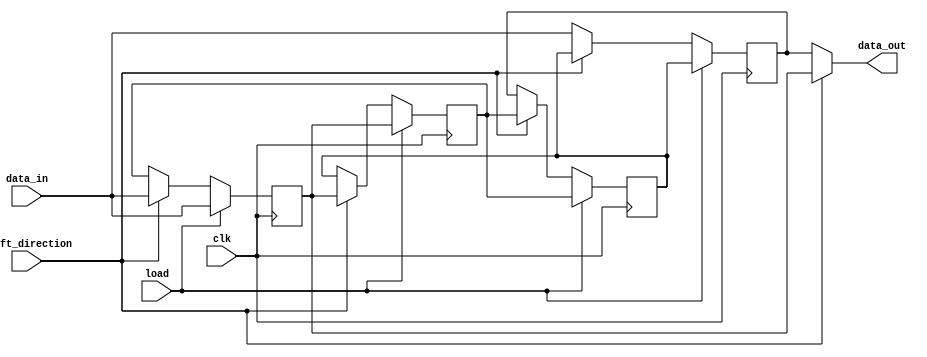
module shift_register (
  input wire clk,
  input wire load,
  input wire shift_direction,
  input wire [7:0] data_in,
  output reg [7:0] data_out
);

reg [7:0] register [3:0]; // 4-stage shift register
reg [7:0] parallel_in;

always @(posedge clk) begin
  if (load) begin
    register[0] <= data_in;
    register[1] <= register[0];
    register[2] <= register[1];
    register[3] <= register[2];
  end
  else begin
    if (shift_direction) begin // shift right
      register[0] <= data_in;
      register[1] <= register[0];
      register[2] <= register[1];
      register[3] <= register[2];
    end
    else begin // shift left
      register[0] <= register[1];
      register[1] <= register[2];
      register[2] <= register[3];
      register[3] <= data_in;
    end
  end
end

assign parallel_in = register[3];
assign data_out = shift_direction ? register[0] : parallel_in;

endmodule